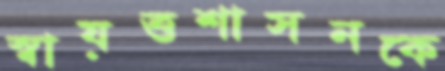
স্বায়ত্তশাসনকে